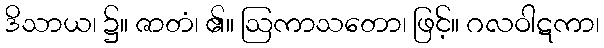
ဒိသာယ၊ ၌။ ဇာတံ၊ ၏။ ဩကာသတော၊ ဖြင့်။ ဂလဝါဋကာ၊